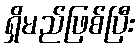
ရှိမည်ဖြစ်ပြီး